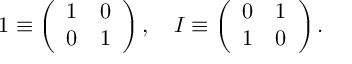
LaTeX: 1 \equiv \left( \begin{array} { c c } { { 1 } } & { { 0 } } \\ { { 0 } } & { { 1 } } \end{array} \right) , \quad I \equiv \left( \begin{array} { c c } { { 0 } } & { { 1 } } \\ { { 1 } } & { { 0 } } \end{array} \right) .